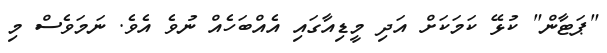
"ޕަޓާން" ކުޅޭ ކަމަކަށް އަދި މީޑިއާގައި އެއްބަހެއް ނުވެ އެވެ. ނަމަވެސް މި